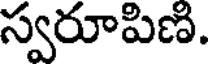
స్వరూపిణి.